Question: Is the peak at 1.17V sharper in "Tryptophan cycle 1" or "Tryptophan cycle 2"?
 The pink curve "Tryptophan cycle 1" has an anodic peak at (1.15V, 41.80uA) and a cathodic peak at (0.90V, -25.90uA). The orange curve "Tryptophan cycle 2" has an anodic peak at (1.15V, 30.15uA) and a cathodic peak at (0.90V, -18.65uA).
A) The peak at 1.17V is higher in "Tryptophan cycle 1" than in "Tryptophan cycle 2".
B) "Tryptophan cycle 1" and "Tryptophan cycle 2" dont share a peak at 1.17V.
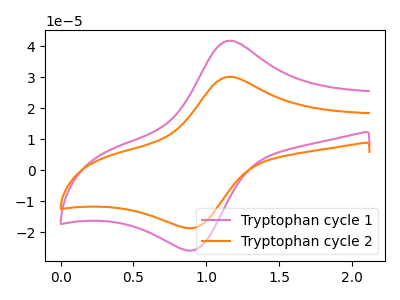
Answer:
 <answer>A) The peak at 1.17V is higher in "Tryptophan cycle 1" than in "Tryptophan cycle 2".</answer>
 <eval>A</eval>